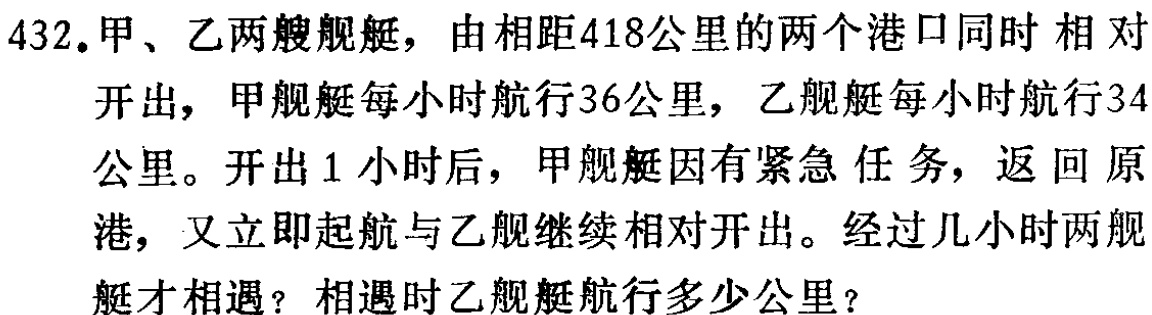
432.甲、乙两艘舰艇，由相距418公里的两个港口同时相对开出，甲舰艇每小时航行36公里，乙舰艇每小时航行34公里。开出1小时后，甲舰艇因有紧急任务，返回原港，又立即起航与乙舰继续相对开出。经过几小时两舰艇才相遇？相遇时乙舰艇航行多少公里？